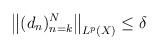
LaTeX: \begin{align*} \big\|(d_n)_{n=k}^N\big\|_{ L^p(X)} \le \delta \end{align*}